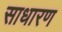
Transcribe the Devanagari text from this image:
साधारण्‍ा